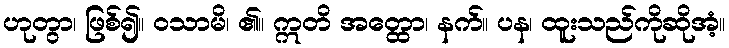
ဟုတွာ၊ ဖြစ်၍။ ဝသာမိ၊ ၏။ ဣတိ အတ္ထော၊ နက်။ ပန၊ ထူးသည်ကိုဆိုအံ့။